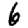
Digit: 6